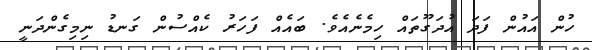
ހުން އައުން ފަދަ އުދަގޫތައް ހިމެނެއެވެ. ބައެއް ފަހަރު ކެއްސުން ގަނޑު ނިމިގެންދަނީ